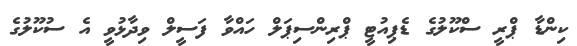
ކިންޑާ ޕްރީ ސްކޫލުގެ ޑެޕިއުޓީ ޕްރިންސިޕަލް ހައްވާ ފަސީލް ވިދާޅުވީ އެ ސުކޫލުގެ